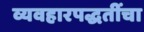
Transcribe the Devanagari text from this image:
व्यवहारपद्धतींचा